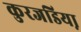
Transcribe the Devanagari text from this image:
कुरजडिया़